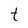
Character: t